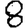
Digit: 8